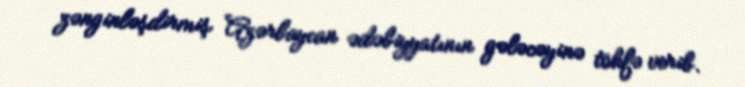
zənginləşdirmiş Azərbaycan ədəbiyyatının gələcəyinə töhfə verib.